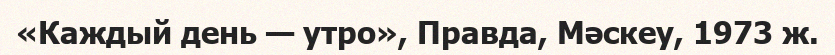
«Каждый день — утро», Правда, Мәскеу, 1973 ж.